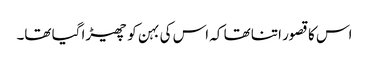
اس کا قصور اتنا تھا کہ اس کی بہن کو چھیڑا گیا تھا۔